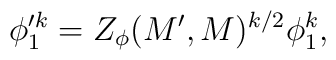
\phi_1'^k = Z_\phi(M', M)^{k/2} \phi_1^k ,